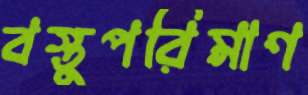
বস্তুপরিমাণ